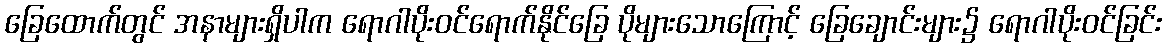
ခြေထောက်တွင် အနာများရှိပါက ရောဂါပိုးဝင်ရောက်နိုင်ခြေ ပိုများသောကြောင့် ခြေချောင်းများ၌ ရောဂါပိုးဝင်ခြင်း